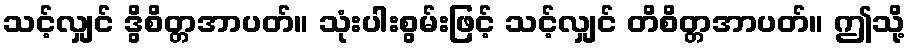
သင့်လျှင် ဒွိစိတ္တအာပတ်။ သုံးပါးစွမ်းဖြင့် သင့်လျှင် တိစိတ္တအာပတ်။ ဤသို့